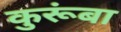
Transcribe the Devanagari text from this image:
कुरूंबा